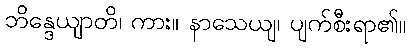
ဘိန္ဒေယျာတိ၊ ကား။ နာသေယျ၊ ပျက်စီးရာ၏။